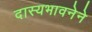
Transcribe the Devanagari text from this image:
दास्यभावनेने